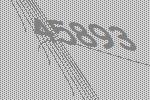
45893